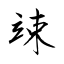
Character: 竦